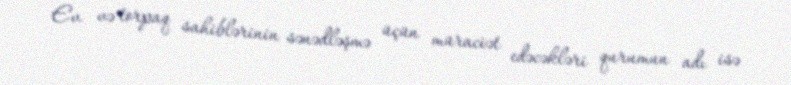
Ev və torpaq sahiblərinin sənədləşmə üçün müraciət edəcəkləri qurumun adı isə